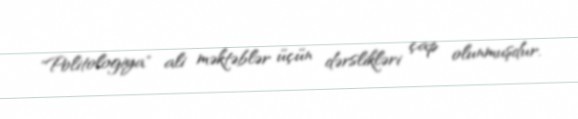
"Politologiya" ali məktəblər üçün dərslikləri çap olunmuşdur.